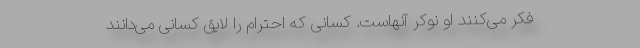
فکر می‌کنند او نوکر آنهاست. کسانی که احترام را لایق کسانی می‌دانند